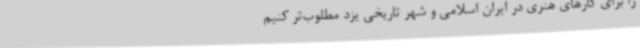
را برای کارهای هنری در ‌ایران اسلامی و شهر تاریخی یزد مطلوب‌تر کنیم